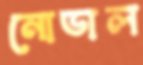
নোডাল